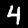
Label: 4